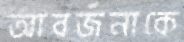
আবর্জনাকে